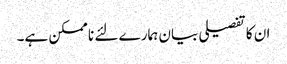
ان کا تفصیلی بیان ہمارے لئے نا ممکن ہے۔